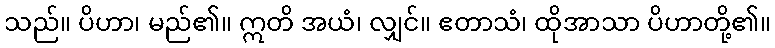
သည်။ ပိဟာ၊ မည်၏။ ဣတိ အယံ၊ လျှင်။ ဧတာသံ၊ ထိုအာသာ ပိဟာတို့၏။